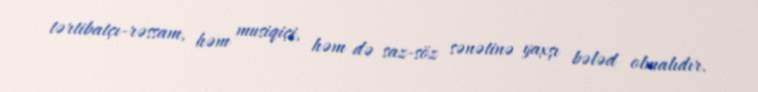
tərtibatçı-rəssam, həm musiqiçi, həm də saz-söz sənətinə yaxşı bələd olmalıdır.